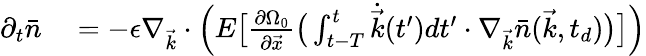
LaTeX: \begin{array}{rl}{\partial_{t}\bar{n}}&{{}=-\epsilon\nabla_{\vec{k}}\cdot\Big(E\big[\frac{\partial\Omega_{0}}{\partial\vec{x}}\big(\int_{t-T}^{t}\dot{\vec{k}}(t^{\prime})dt^{\prime}\cdot\nabla_{\vec{k}}\bar{n}(\vec{k},t_{d})\big)\big]\Big)}\end{array}